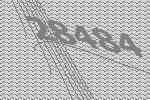
28484